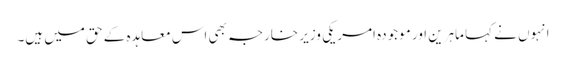
انہوں نے کہا ماہرین اور موجودہ امریکی وزیر خارجہ بھی اس معاہدہ کے حق میں ہیں۔